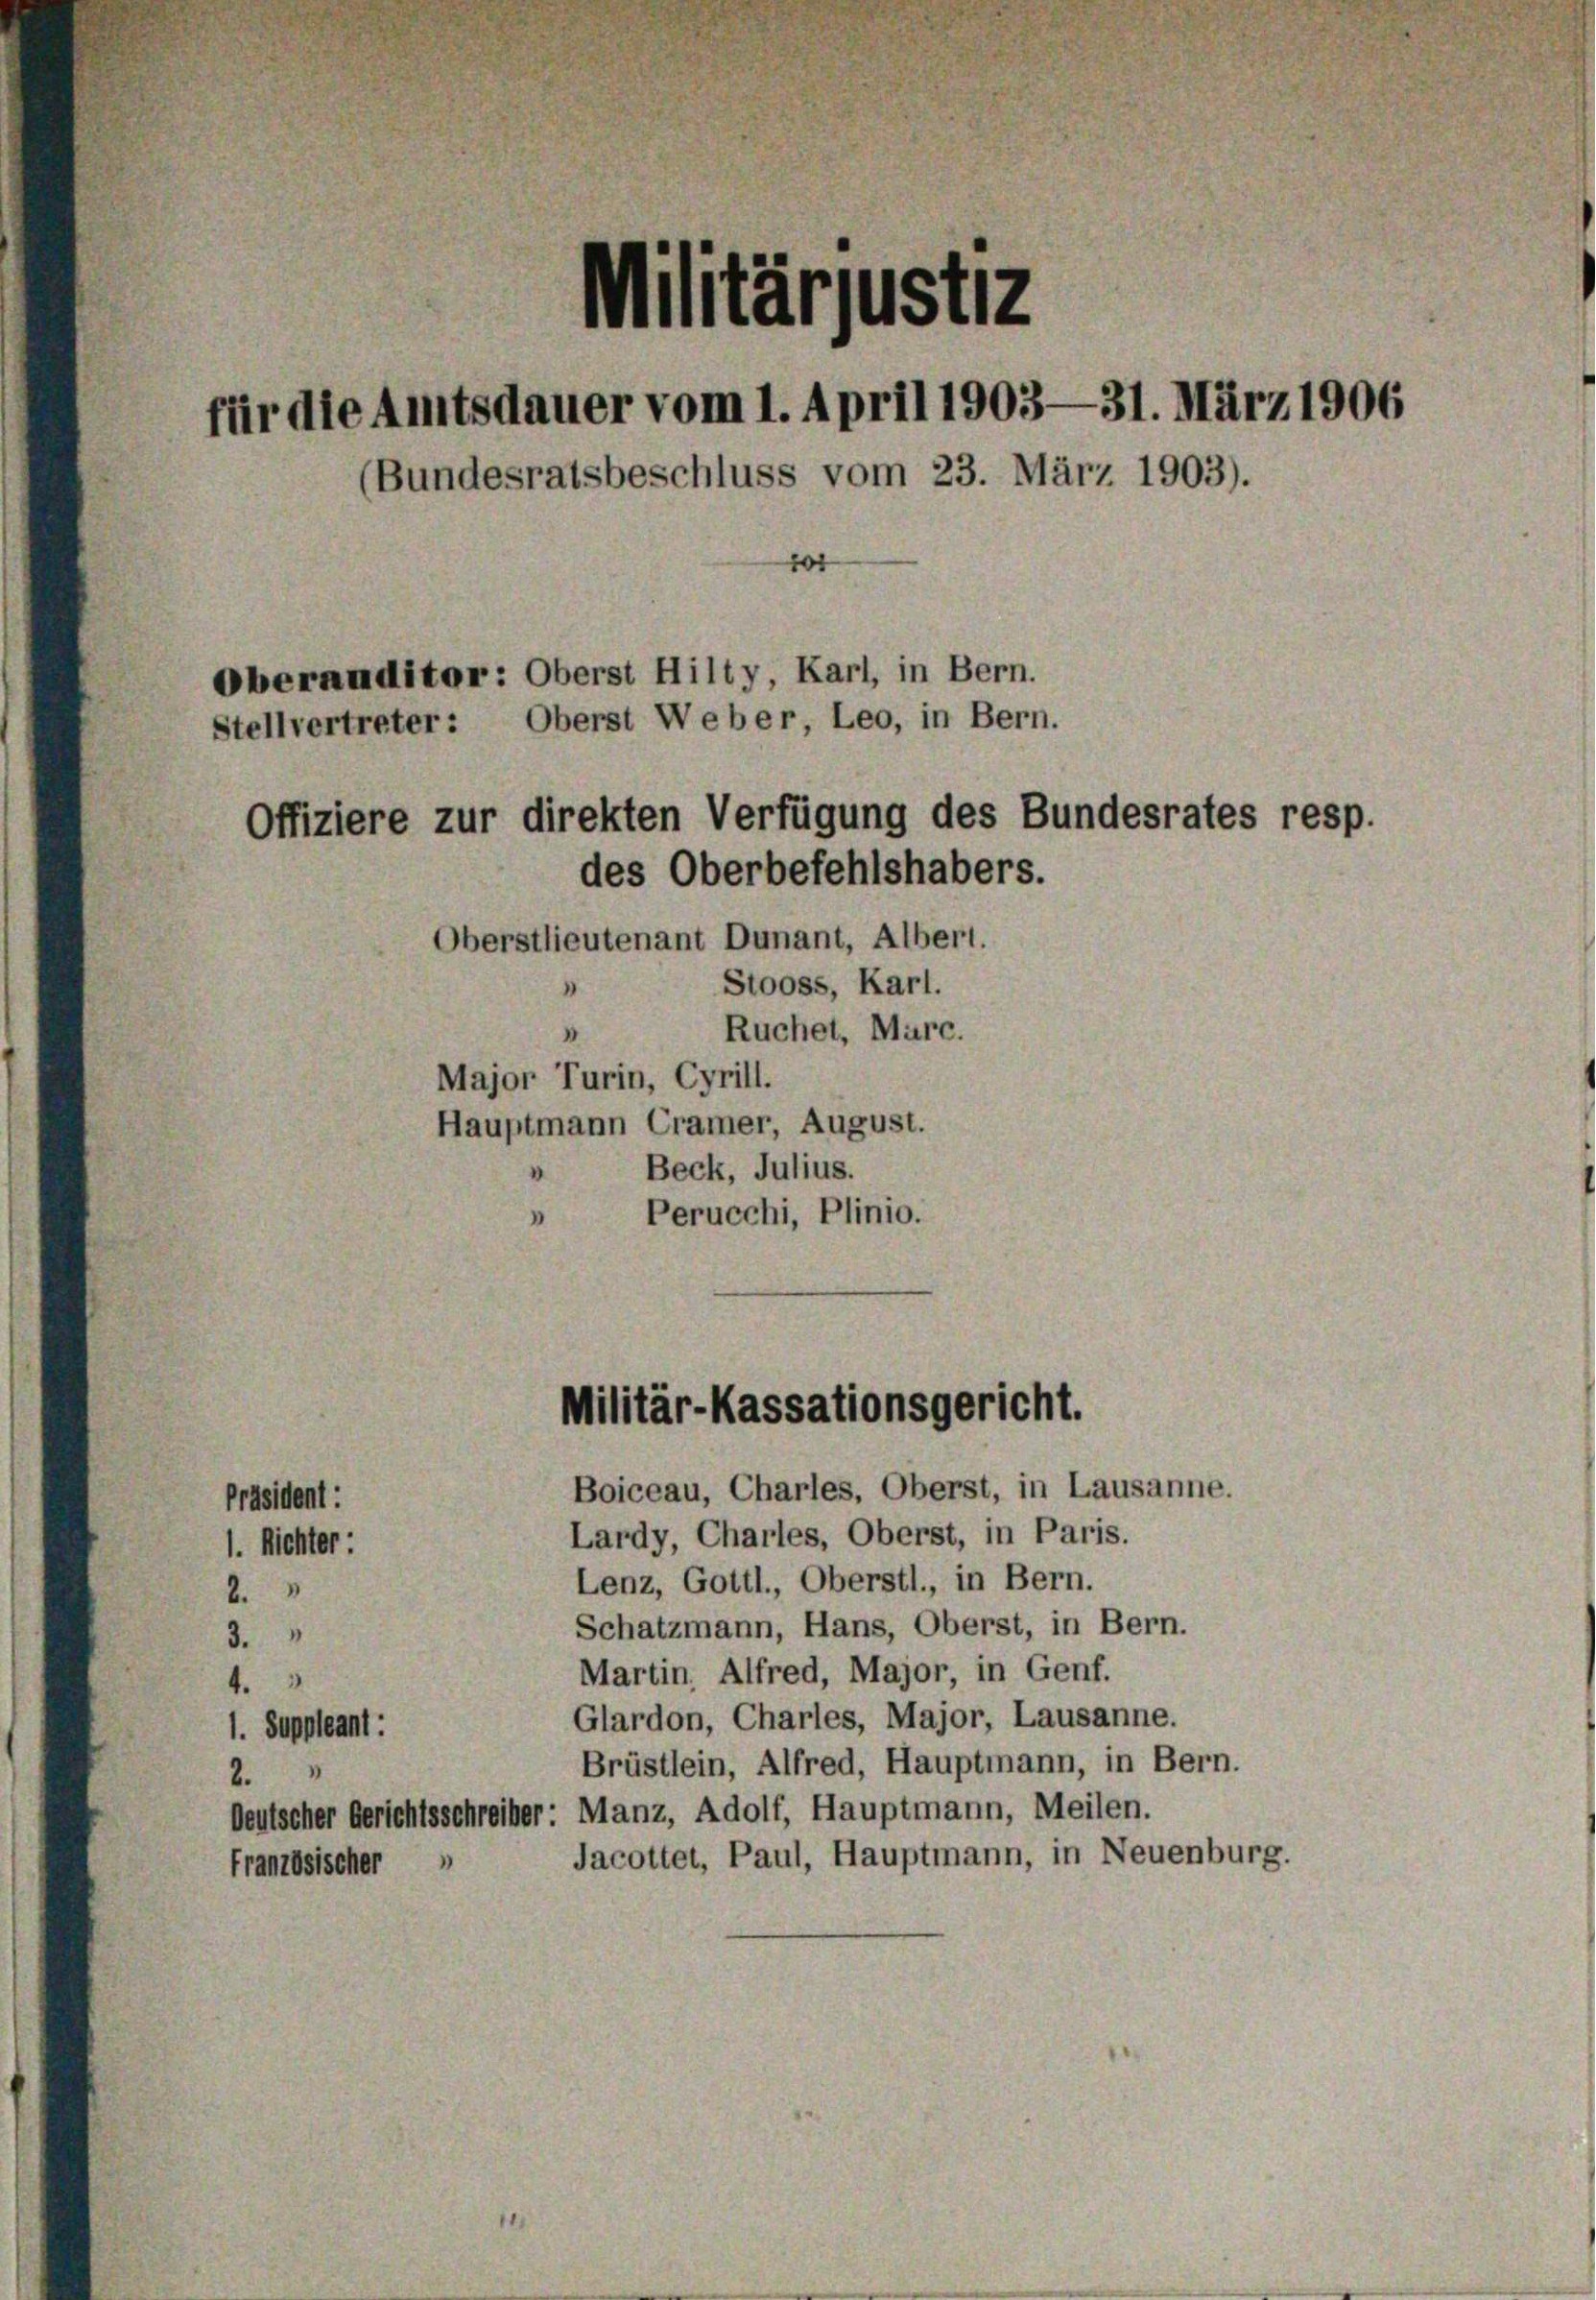
Militärjustiz
für die Amtsdauer vom 1. April 1903—31. März 1906
(Bundesratsbeschluss vom 23. März 1903).
Oberanditor: Oberst Hilty, Karl, in Bern.
Stellvertreter: Oberst Weber, Leo, in Bern.
Offiziere zur direkten Verfügung des Bundesrates resp.
des Oberbefehlshabers.
Oberstlieutenant Dunant, Albert.
Stooss, Karl.
"
Ruchet, Marc.
“
Major Turin, Cyrill.
Hauptmann Cramer, August.

Präsident:
1. Richter:
2.
3.
4.
1. Suppleant:
2.
Französischer

Beck, Julius.
Perucchi, Plinio.
.

Militär-Kassationsgericht.

Boiceau, Charles, Oberst, in Lausanne.
Lardy, Charles, Oberst, in Paris.
Lenz, Gottl., Oberstl., in Bern.
Schatzmann, Hans, Oberst, in Bern.
Martin. Alfred, Major, in Genf.
Glardon, Charles, Major, Lausanne.
Brüstlein, Alfred, Hauptmann, in Bern.
Deutscher Gerichtsschreiber: Manz, Adolf, Hauptmann, Meilen.
Jacottet, Paul, Hauptmann, in Neuenburg.